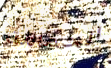
الحمامة